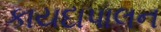
કાયદાપાલન